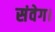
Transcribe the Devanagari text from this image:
संवेग।